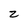
Character: z